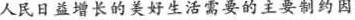
人民日益增长的美好生活需要的主要制约因